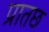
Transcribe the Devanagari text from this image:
प्रातछ